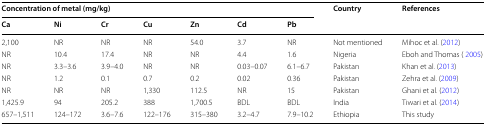
<table><thead><tr><td colspan="7"><b>Concentration of metal (mg/kg)</b></td><td rowspan="2"><b>Country</b></td><td rowspan="2"><b>References</b></td></tr><tr><td><b>Ca</b></td><td><b>Ni</b></td><td><b>Cr</b></td><td><b>Cu</b></td><td><b>Zn</b></td><td><b>Cd</b></td><td><b>Pb</b></td></tr></thead><tbody><tr><td>2,100</td><td>NR</td><td>NR</td><td>NR</td><td>54.0</td><td>3.7</td><td>NR</td><td>Not mentioned</td><td>Mihoc et al. (2012)</td></tr><tr><td>NR</td><td>10.4</td><td>17.4</td><td>NR</td><td>NR</td><td>4.4</td><td>1.6</td><td>Nigeria</td><td>Eboh and Thomas ( 2005)</td></tr><tr><td>NR</td><td>3.3–3.6</td><td>3.9–4.0</td><td>NR</td><td>NR</td><td>0.03–0.07</td><td>6.1–6.7</td><td>Pakistan</td><td>Khan et al. (2013)</td></tr><tr><td>NR</td><td>1.2</td><td>0.1</td><td>0.7</td><td>0.2</td><td>0.02</td><td>0.36</td><td>Pakistan</td><td>Zehra et al. (2009)</td></tr><tr><td>NR</td><td>NR</td><td>NR</td><td>1,330</td><td>112.5</td><td>NR</td><td>15</td><td>Pakistan</td><td>Ghani et al. (2012)</td></tr><tr><td>1,425.9</td><td>94</td><td>205.2</td><td>388</td><td>1,700.5</td><td>BDL</td><td>BDL</td><td>India</td><td>Tiwari et al. (2014)</td></tr><tr><td>657–1,511</td><td>124–172</td><td>3.6–7.6</td><td>122–176</td><td>315–380</td><td>3.2–4.7</td><td>7.9–10.2</td><td>Ethiopia</td><td>This study</td></tr></tbody></table>